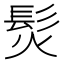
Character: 𩬊